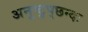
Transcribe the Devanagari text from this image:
अनुष्टुप्‌छन्दः